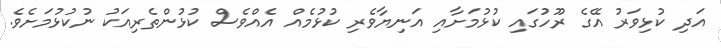
އަދި ކުޅިވަރު އޭގެ ރޫހުގައި ކުޅުމަށާއި އަނިޔާވެރި ކުޅުމެއް އެއްވެސް ކުޅުންތެރިއަކު ނުކުޅުމަށެވެ.